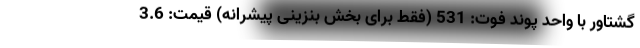
گشتاور با واحد پوند فوت: 531 (فقط برای بخش بنزینی پیشرانه) قیمت: 3.6